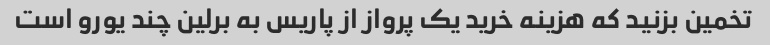
تخمین بزنید که هزینه خرید یک پرواز از پاریس به برلین چند یورو است